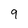
Character: 9